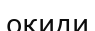
оқиди